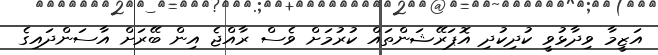
އަޒީމާ ވިދާޅުވީ ކުދިކުދި އޮޕަރޭޝަންތައް ކުރުމަށް ވެސް ރާއްޖެ އިން ބޭރަށް އާސަންދައިގެ